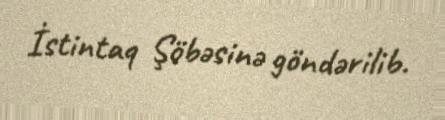
İstintaq Şöbəsinə göndərilib.